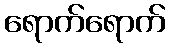
ရောက်ရောက်